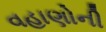
વહાણોની